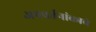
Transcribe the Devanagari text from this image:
अपवर्तनांकाचे